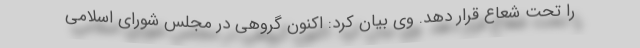
را تحت شعاع قرار دهد. وی بیان کرد: اکنون گروهی در مجلس شورای اسلامی